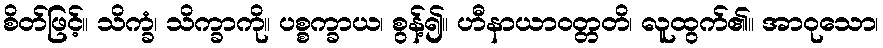
စိတ်ဖြင့်။ သိက္ခံ၊ သိက္ခာကို။ ပစ္စက္ခာယ၊ စွန့်၍။ ဟီနာယာဝတ္တတိ၊ လူထွက်၏။ အာဝုသော၊